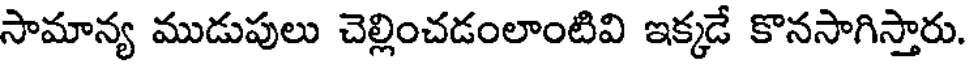
సామాన్య ముడుపులు చెల్లించడంలాంటివి ఇక్కడే కొనసాగిస్తారు.